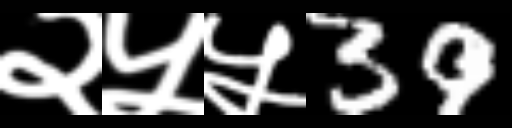
Text: २५५39